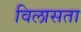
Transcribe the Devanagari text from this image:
विलासता